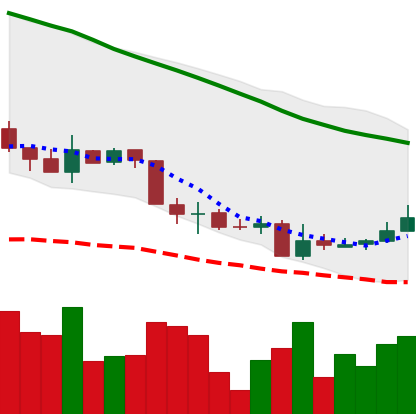
Ticker: XMR-USD
Chart end date: 2018-06-03
Forward return: -6.291%
Label: down_5_7